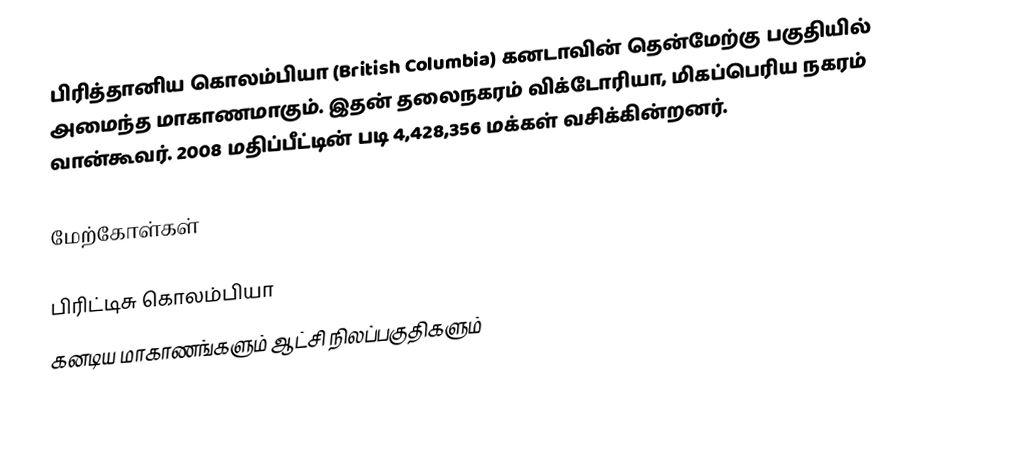
பிரித்தானிய கொலம்பியா (British Columbia) கனடாவின் தென்மேற்கு பகுதியில் அமைந்த மாகாணமாகும். இதன் தலைநகரம் விக்டோரியா, மிகப்பெரிய நகரம் வான்கூவர். 2008 மதிப்பீட்டின் படி 4,428,356 மக்கள் வசிக்கின்றனர்.

மேற்கோள்கள்

பிரிட்டிசு கொலம்பியா
கனடிய மாகாணங்களும் ஆட்சி நிலப்பகுதிகளும்